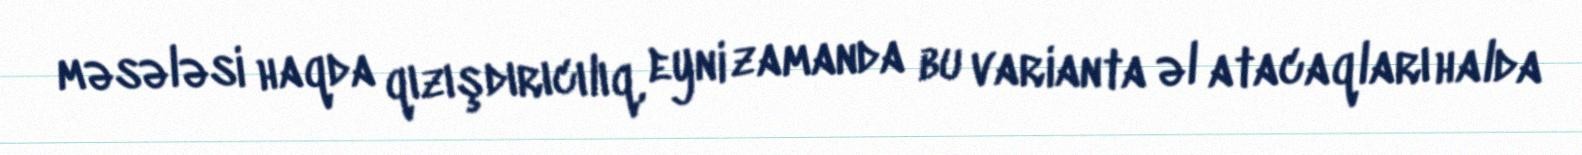
məsələsi haqda qızışdırıcılıq, eyni zamanda bu varianta əl atacaqları halda